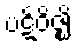
ပဋိဝိဇ္ဈိ